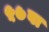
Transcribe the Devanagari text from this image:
५७वा